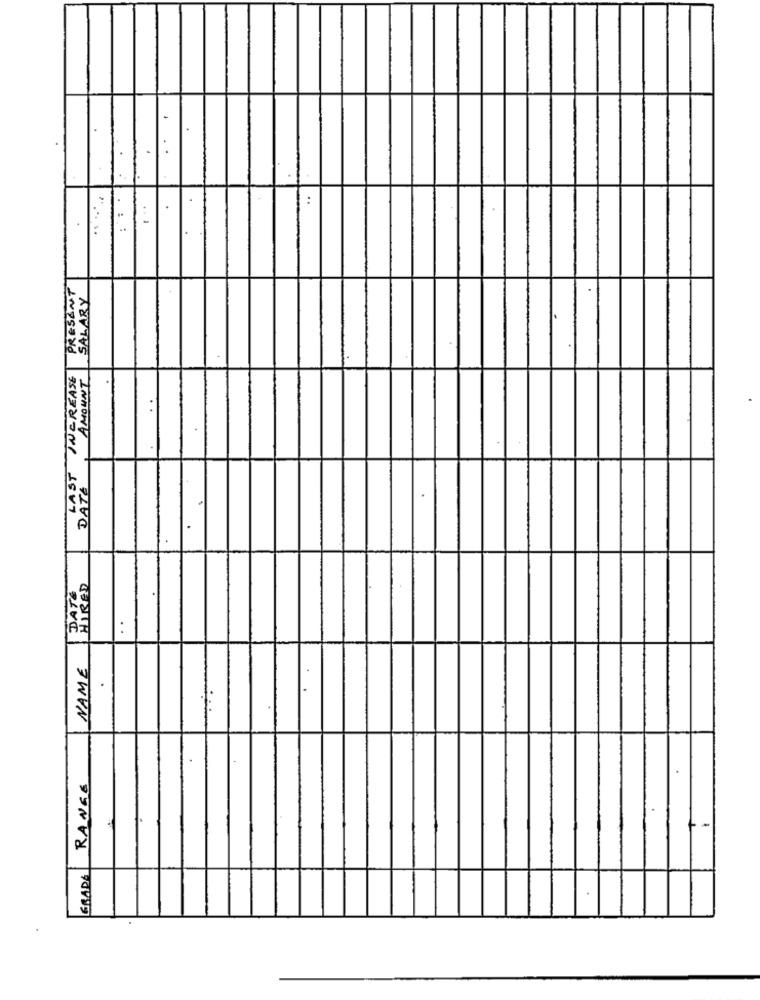
:
PRESENT
SALARY
LAST INCREASE
AMOUNT
DATE
DATE
HIRED
. .
NAME
RANGE
GRAD6